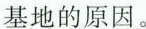
基地的原因。